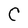
Character: C